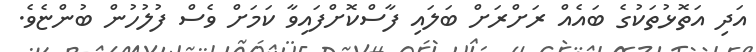
އަދި އަތޮޅުތަކުގެ ބައެއް ރަށްރަށް ބަލައި ފާސްކޮށްފައިވާ ކަމަށް ވެސް ފުލުހުން ބުންޏެވެ.